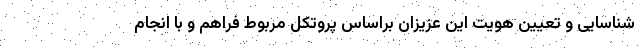
شناسايی و تعيين هويت اين عزيزان براساس پروتكل مربوط فراهم و با انجام